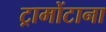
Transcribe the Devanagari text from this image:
ट्रामोंटाना